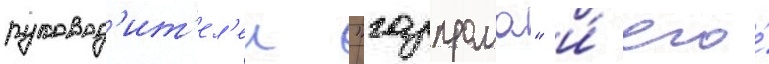
руковод'ит'ел'еи "газпрома" и́ его́